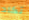
تكاد